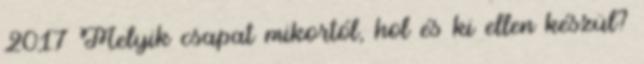
2017 Melyik csapat mikortól, hol és ki ellen készül?